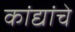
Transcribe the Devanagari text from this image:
कांद्यांचे